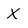
Character: x